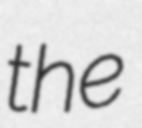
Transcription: the